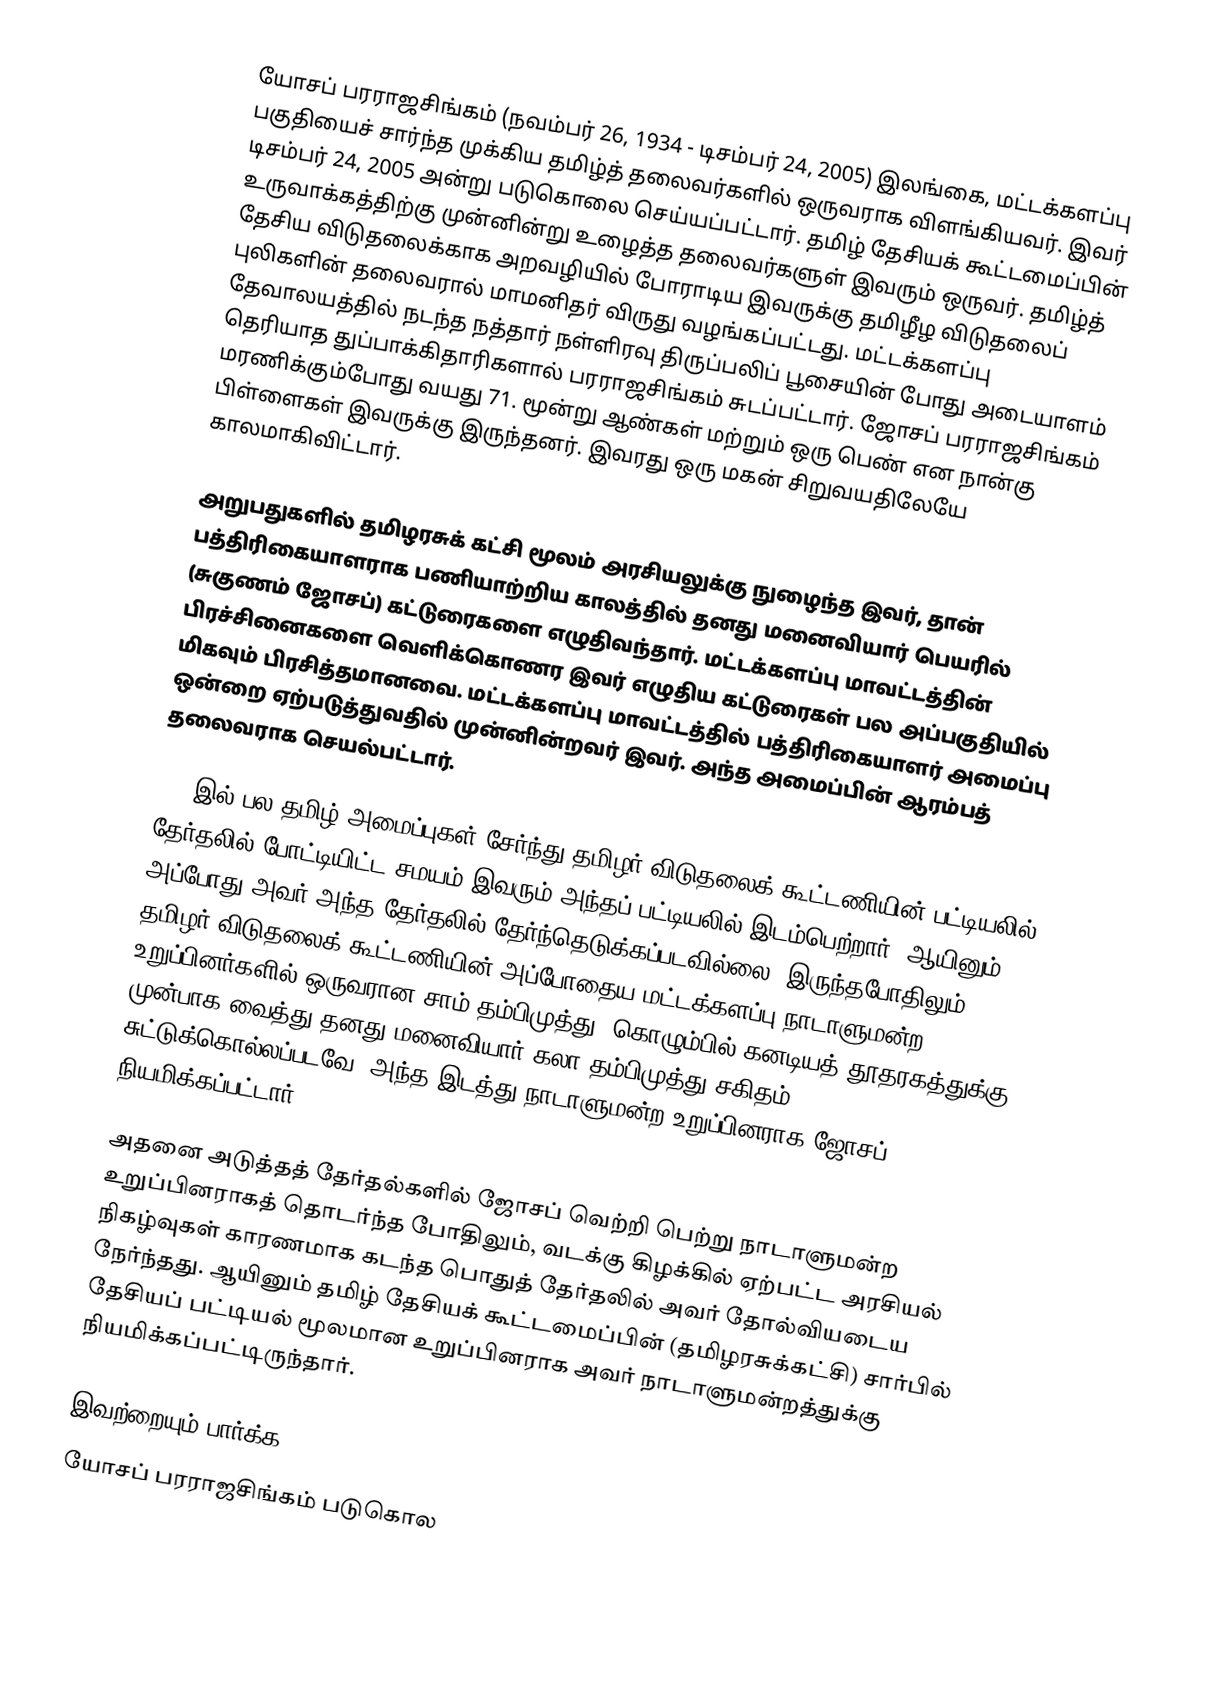
யோசப் பரராஜசிங்கம் (நவம்பர் 26, 1934 - டிசம்பர் 24, 2005) இலங்கை, மட்டக்களப்பு பகுதியைச் சார்ந்த முக்கிய தமிழ்த் தலைவர்களில் ஒருவராக விளங்கியவர். இவர் டிசம்பர் 24, 2005 அன்று படுகொலை செய்யப்பட்டார். தமிழ் தேசியக் கூட்டமைப்பின் உருவாக்கத்திற்கு முன்னின்று உழைத்த தலைவர்களுள் இவரும் ஒருவர். தமிழ்த் தேசிய விடுதலைக்காக அறவழியில் போராடிய இவருக்கு தமிழீழ விடுதலைப் புலிகளின் தலைவரால் மாமனிதர் விருது வழங்கப்பட்டது. மட்டக்களப்பு தேவாலயத்தில் நடந்த நத்தார் நள்ளிரவு திருப்பலிப் பூசையின் போது அடையாளம் தெரியாத துப்பாக்கிதாரிகளால் பரராஜசிங்கம் சுடப்பட்டார். ஜோசப் பரராஜசிங்கம் மரணிக்கும்போது வயது 71. மூன்று ஆண்கள் மற்றும் ஒரு பெண் என நான்கு பிள்ளைகள் இவருக்கு இருந்தனர். இவரது ஒரு மகன் சிறுவயதிலேயே காலமாகிவிட்டார்.

அறுபதுகளில் தமிழரசுக் கட்சி மூலம் அரசியலுக்கு நுழைந்த இவர், தான் பத்திரிகையாளராக பணியாற்றிய காலத்தில் தனது மனைவியார் பெயரில் (சுகுணம் ஜோசப்) கட்டுரைகளை எழுதிவந்தார். மட்டக்களப்பு மாவட்டத்தின் பிரச்சினைகளை வெளிக்கொணர இவர் எழுதிய கட்டுரைகள் பல அப்பகுதியில் மிகவும் பிரசித்தமானவை. மட்டக்களப்பு மாவட்டத்தில் பத்திரிகையாளர் அமைப்பு ஒன்றை ஏற்படுத்துவதில் முன்னின்றவர் இவர். அந்த அமைப்பின் ஆரம்பத் தலைவராக செயல்பட்டார்.

1989இல் பல தமிழ் அமைப்புகள் சேர்ந்து தமிழர் விடுதலைக் கூட்டணியின் பட்டியலில் தேர்தலில் போட்டியிட்ட சமயம் இவரும் அந்தப் பட்டியலில் இடம்பெற்றார். ஆயினும் அப்போது அவர் அந்த தேர்தலில் தேர்ந்தெடுக்கப்படவில்லை. இருந்தபோதிலும் தமிழர் விடுதலைக் கூட்டணியின் அப்போதைய மட்டக்களப்பு நாடாளுமன்ற உறுப்பினர்களில் ஒருவரான சாம் தம்பிமுத்து, கொழும்பில் கனடியத் தூதரகத்துக்கு முன்பாக வைத்து தனது மனைவியார் கலா தம்பிமுத்து சகிதம் சுட்டுக்கொல்லப்படவே, அந்த இடத்து நாடாளுமன்ற உறுப்பினராக ஜோசப் நியமிக்கப்பட்டார்.

அதனை அடுத்தத் தேர்தல்களில் ஜோசப் வெற்றி பெற்று நாடாளுமன்ற உறுப்பினராகத் தொடர்ந்த போதிலும், வடக்கு கிழக்கில் ஏற்பட்ட அரசியல் நிகழ்வுகள் காரணமாக கடந்த பொதுத் தேர்தலில் அவர் தோல்வியடைய நேர்ந்தது. ஆயினும் தமிழ் தேசியக் கூட்டமைப்பின் (தமிழரசுக்கட்சி) சார்பில் தேசியப் பட்டியல் மூலமான உறுப்பினராக அவர் நாடாளுமன்றத்துக்கு நியமிக்கப்பட்டிருந்தார்.

இவற்றையும் பார்க்க
யோசப் பரராஜசிங்கம் படுகொல